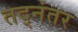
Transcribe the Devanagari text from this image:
तद्‌नंतर